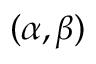
( \alpha , \beta )